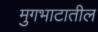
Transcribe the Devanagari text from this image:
मुगभाटातील